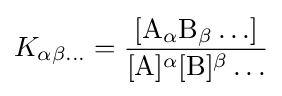
K_{\alpha \beta \ldots }={\frac {[\mathrm {A} _{\alpha }\mathrm {B} _{\beta }\ldots ]}{[\mathrm {A} ]^{\alpha }[\mathrm {B} ]^{\beta }\ldots }}